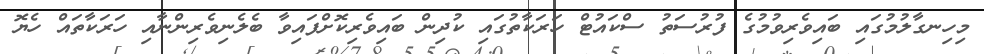
މިހިނގާލުމުގައި ބައިވެރިވުމުގެ ފުރުސަތު ސްކައުޓް ހަރަކާތުގައި ކުދިން ބައިވެރިކޮށްފައިވާ ބެލެނިވެރިންނާއި ހަރަކާތައް ހެޔޮ